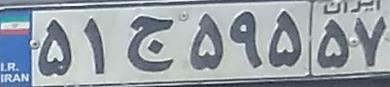
۵۱ج۵۹۵۵۷